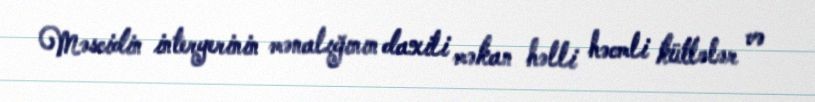
Məscidin interyerinin mənalığının daxili məkan həlli həcmli kütlələr və